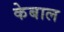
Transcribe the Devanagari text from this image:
केबाल